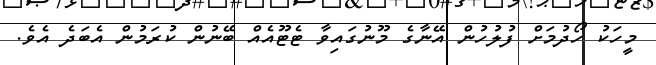
މީހަކު ހޯދުމަށް ފުލުހުން އޭނާގެ މޫނުގައިވާ ޓެޓޫއެއް ބޭނުން ކުރަމުން އެބަދެ އެވެ.